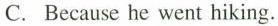
C. Because he went hiking.